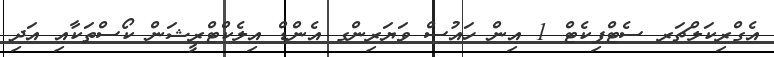
އެގްރިކަލްޗަރ ސެޓްފިކެޓް 1 އިން ހައުސް ވަޔަރިންގ އެންޑް އިލެކްޓްރީޝަން ކޯސްތަކާއި އަދި